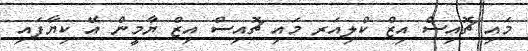
މައި ޗޮއިސް އިޒް ކްލިއަރ މައި ޗޮއިސް އިޒް ޔާމީން އޭ ކިޔާފައި